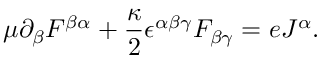
\mu \partial _ { \beta } F ^ { \beta \alpha } + \frac { \kappa } { 2 } \epsilon ^ { \alpha \beta \gamma } F _ { \beta \gamma } = e J ^ { \alpha } .